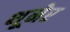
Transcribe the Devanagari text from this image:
थूनेर